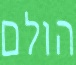
הולם